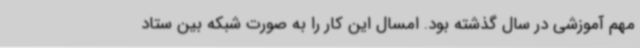
مهم آموزشی در سال گذشته بود. امسال این کار را به صورت شبکه بین ستاد